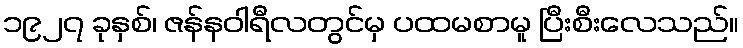
၁၉၂၇ ခုနှစ်၊ ဇန်နဝါရီလတွင်မှ ပထမစာမူ ပြီးစီးလေသည်။